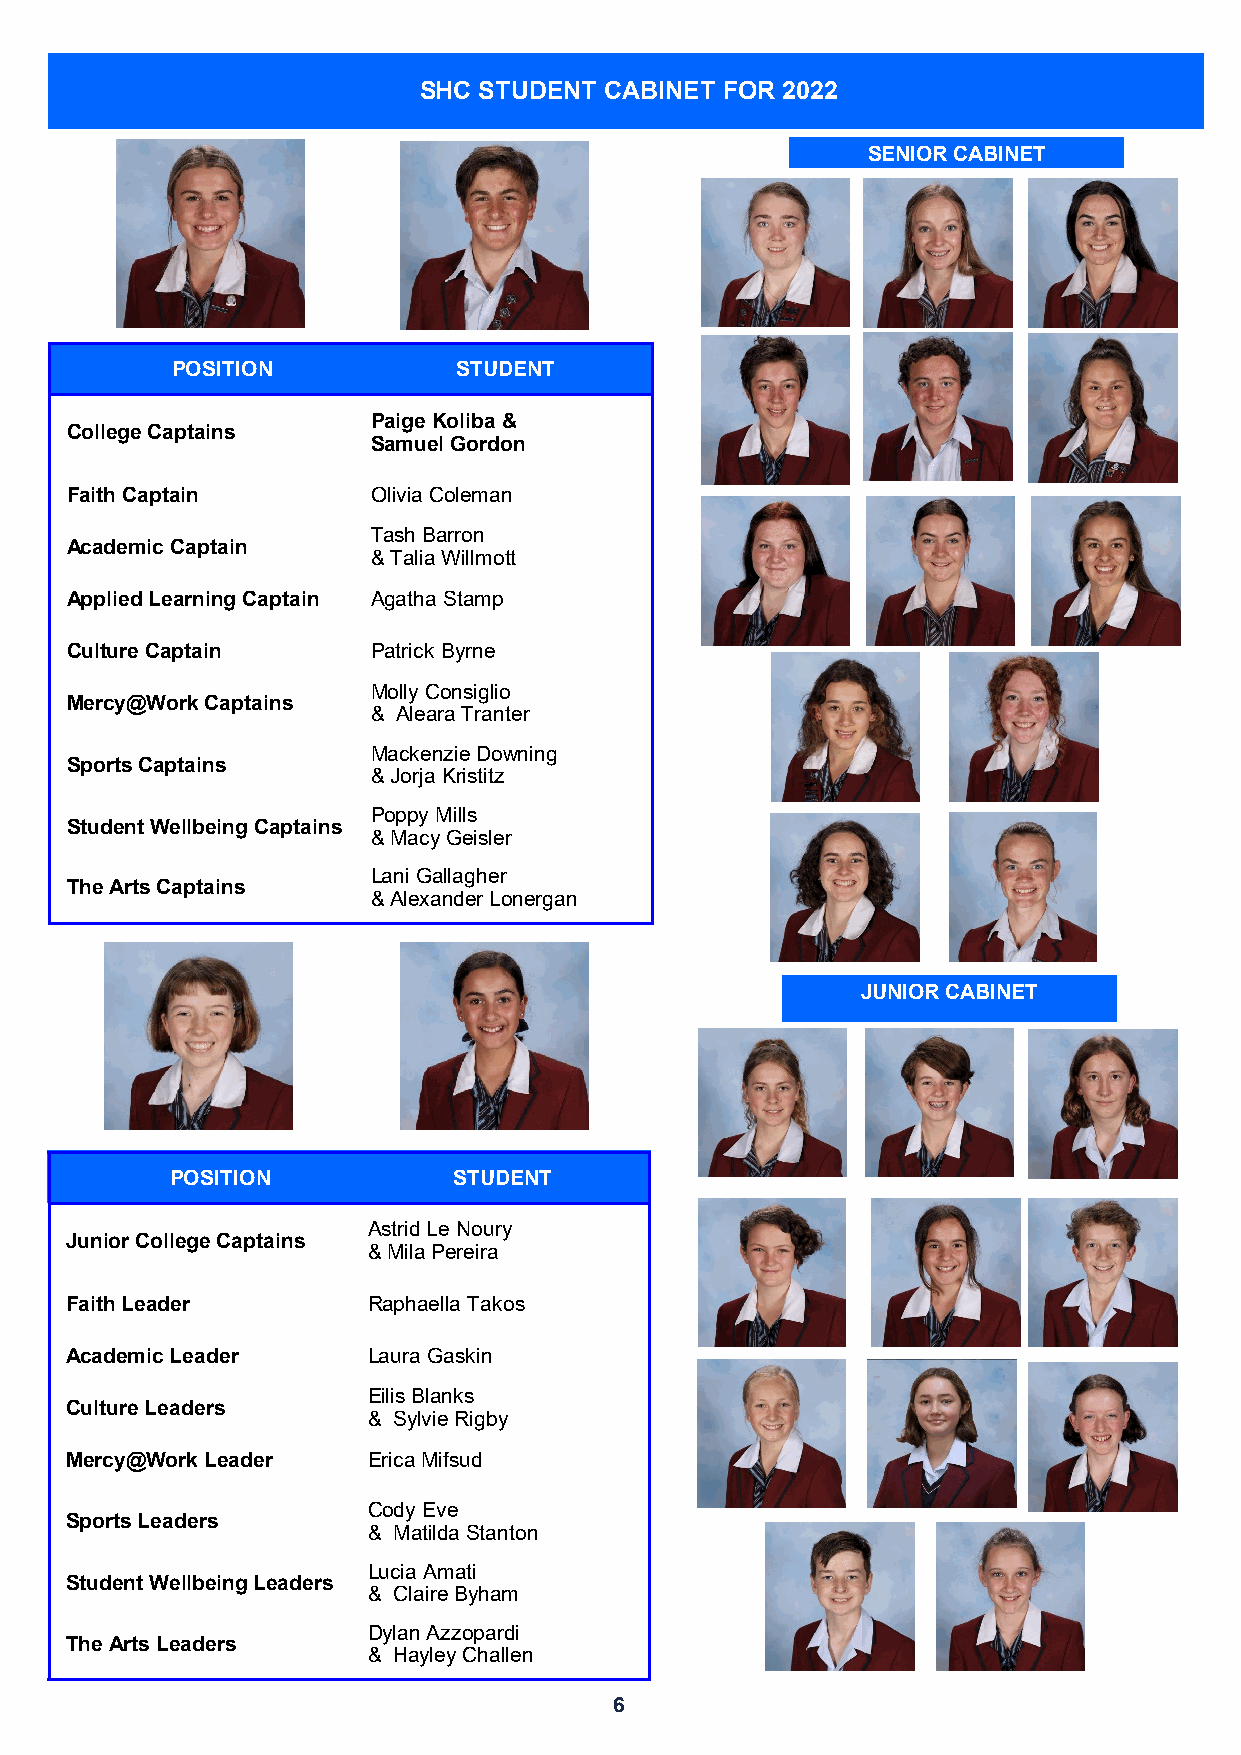
SHC STUDENT CABINET FOR 2022
 SENIOR CABINET
 POSITION           STUDENT
 Paige Koliba &
 College Captains
 Samuel Gordon
 Faith Captain        Olivia Coleman
 Tash Barron
 Academic Captain
 & Talia Willmott
 Applied Learning Captain Agatha Stamp
 Culture Captain      Patrick Byrne
 Molly Consiglio
 Mercy@Work Captains
 & Aleara Tranter
 Mackenzie Downing
 Sports Captains
 & Jorja Kristitz
 Poppy Mills
 Student Wellbeing Captains
 & Macy Geisler
 Lani Gallagher
 The Arts Captains
 & Alexander Lonergan
 JUNIOR CABINET
 POSITION           STUDENT
 Astrid Le Noury
 Junior College Captains
 & Mila Pereira
 Faith Leader        Raphaella Takos
 Academic Leader     Laura Gaskin
 Eilis Blanks
 Culture Leaders
 & Sylvie Rigby
 Mercy@Work Leader   Erica Mifsud
 Cody Eve
 Sports Leaders
 & Matilda Stanton
 Lucia Amati
 Student Wellbeing Leaders
 & Claire Byham
 Dylan Azzopardi
 The Arts Leaders
 & Hayley Challen
 6